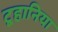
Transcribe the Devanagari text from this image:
टूहानिया